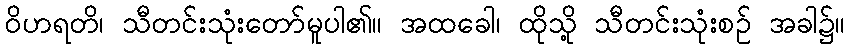
ဝိဟရတိ၊ သီတင်းသုံးတော်မူပါ၏။ အထခေါ၊ ထိုသို့ သီတင်းသုံးစဉ် အခါ၌။